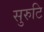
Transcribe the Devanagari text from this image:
सुरुटि